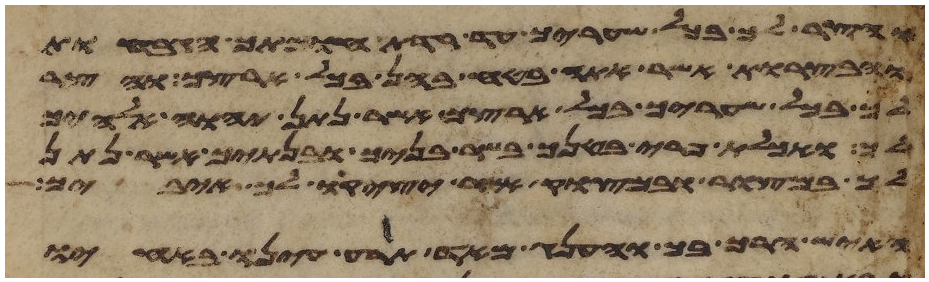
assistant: והצר לך בכל שעריך עד רדת חומתך הגבחות
והבצרות אשר אתה בטח בהן בכל ארצך והצר
לך בכל שעריך בכל ארצך אשר נתן יהוה אלהיך
לך ואכלת פרי בטנך בשר בניך ובנתיך אשר נתן
לך במצור ובמצוק אשר יציק לך איביך
האיש הרך בך והענג מאד תרע עינו באחיו